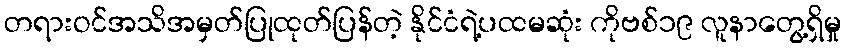
တရားဝင်အသိအမှတ်ပြုထုတ်ပြန်တဲ့ နိုင်ငံရဲ့ပထမဆုံး ကိုဗစ်၁၉ လူနာတွေ့ရှိမှု